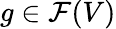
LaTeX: g\in{\mathcal{F}}(V)